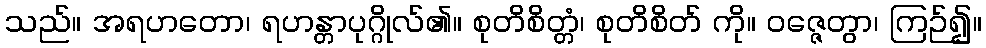
သည်။ အရဟတော၊ ရဟန္တာပုဂ္ဂိုလ်၏။ စုတိစိတ္တံ၊ စုတိစိတ် ကို။ ဝဇ္ဇေတွာ၊ ကြဉ်၍။